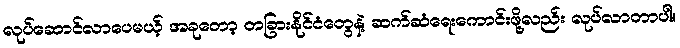
လုပ်ဆောင်လာပေမယ့် အခုတော့ တခြားနိုင်ငံတွေနဲ့ ဆက်ဆံရေးကောင်းဖို့လည်း လုပ်လာတာပါ။